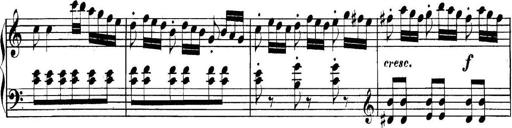
Title: Collected Piano Sonatas
Composer: Muzio Clementi